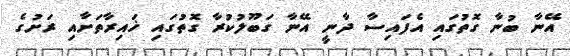
އޭނާ ބުނާ ގޮތުގައި އެފައިސާ ދާނީ އޭނާ ގަބޫލުކުރާ ގޮތުގައި ޚައިރާތަށާއި ރަށުގެ